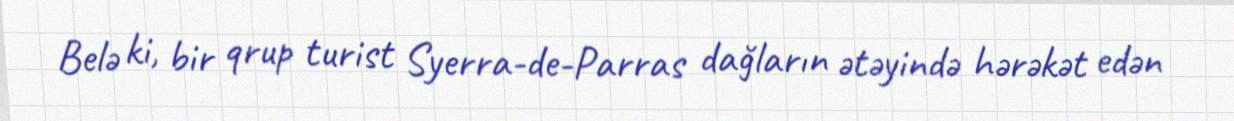
Belə ki, bir qrup turist Syerra-de-Parras dağların ətəyində hərəkət edən